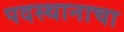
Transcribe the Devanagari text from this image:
पदस्थानाचा